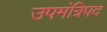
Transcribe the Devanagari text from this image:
उपमंत्रिपद